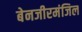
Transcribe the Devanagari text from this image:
बेनजीरमंजिल